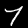
Digit: 7